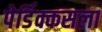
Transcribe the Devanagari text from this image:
पेर्डिक्कसला